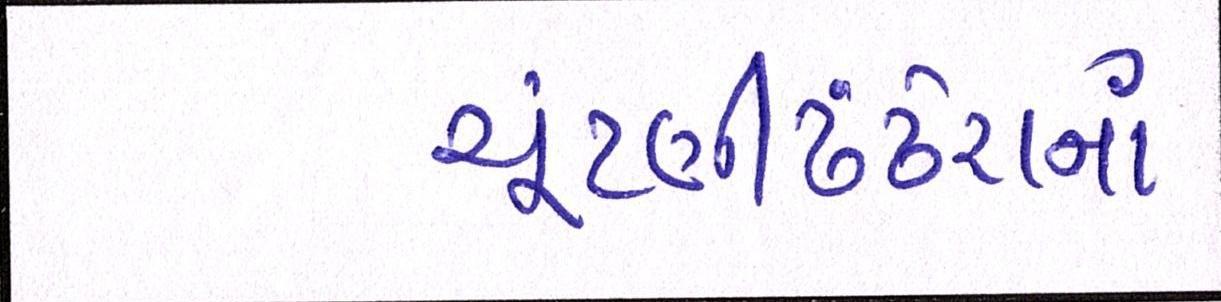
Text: ચૂંટણીઢંઢેરાનાં